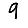
Digit: 9